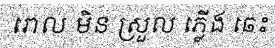
រោល មិន ស្រួល ភ្លើង ឆេះ